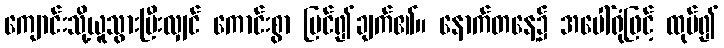
ကျောင်းသို့ယူသွားပြီးလျှင် ကောင်းစွာ ပြင်၍ချက်၏။ နောက်တနေ့၌ အပေါ်ရုံဖြင့် ထုပ်၍